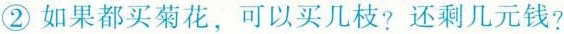
②如果都买菊花，可以买几枝？还剩几元钱？